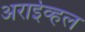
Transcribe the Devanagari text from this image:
अराईव्हल